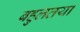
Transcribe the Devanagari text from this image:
बहुलतया